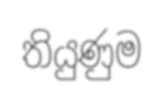
තියුණුම